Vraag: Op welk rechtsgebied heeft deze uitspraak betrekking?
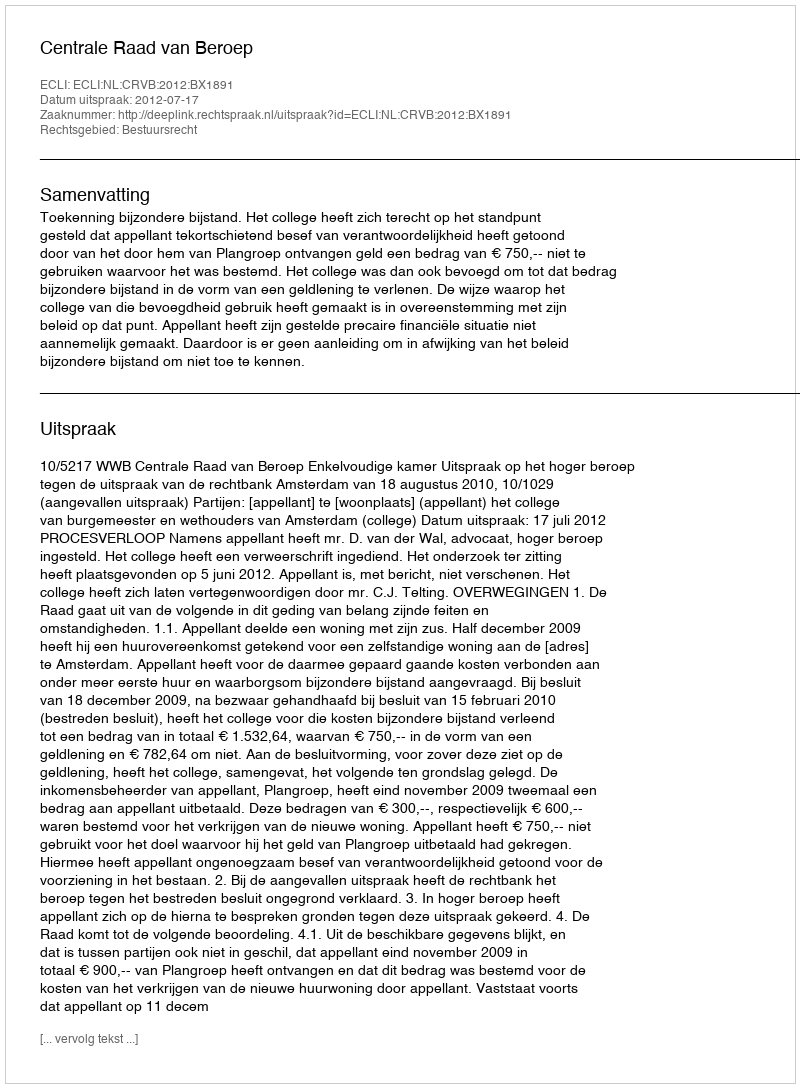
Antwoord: Bestuursrecht